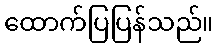
ထောက်ပြပြန်သည်။